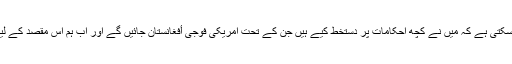
یہ بات دوسرے لفظوں میں اس طرح کہی جا سکتی ہے کہ میں نے کچھ احکامات پر دستخط کیے ہیں جن کے تحت امریکی فوجی أفغانستان جائیں گے اور اب ہم اس مقصد کے لیے مخصوص فوجیوں کا انتخاب کر رہے ہیں۔